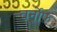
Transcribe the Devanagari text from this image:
वर्नोफ़